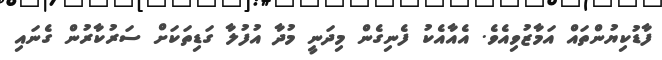
ފާޑުކިޔުންތައް އަމާޒުވިއެވެ. އެއާއެކު ފެނިގެން މިދަނީ މުދާ އުފުލާ ގަޑިތަކަށް ސަރުކާރުން ގެނައި